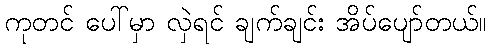
ကုတင် ပေါ်မှာ လှဲရင် ချက်ချင်း အိပ်ပျော်တယ်။